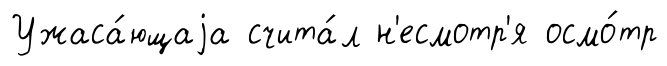
Ужаса́ющаjа счита́л н'есмотр'я осмо́тр